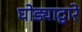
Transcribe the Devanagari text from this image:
घोड्याद्वारे